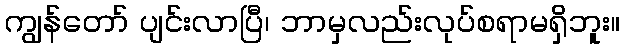
ကျွန်တော် ပျင်းလာပြီ၊ ဘာမှလည်းလုပ်စရာမရှိဘူး။